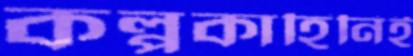
কল্পকাহিনিই